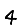
Digit: 4